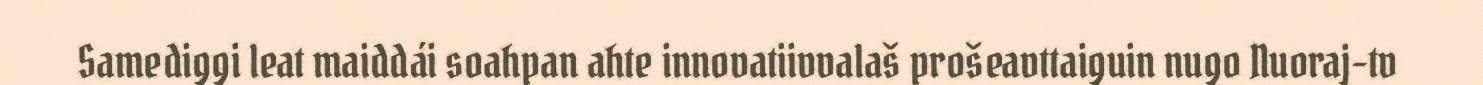
Samediggi leat maiddái soahpan ahte innovatiivvalaš prošeavttaiguin nugo Nuoraj-tv